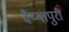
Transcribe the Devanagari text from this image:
वैय्यापुरी